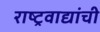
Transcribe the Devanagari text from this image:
राष्ट्रवाद्यांची